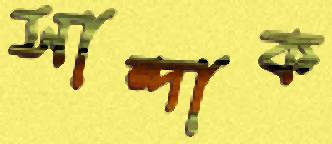
সান্দাক